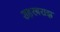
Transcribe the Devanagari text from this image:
शहरबराझ